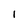
Character: l